system: You are a helpful assistant.
user:
Analyze the provided spectrum to determine if it is a **Carbon Star (C-type)**.

- **Key Visual Indicators of Carbon Star:**
    - **(Primary):** Strong molecular absorption from **C₂ (diatomic carbon) "Swan Bands."** This is the **defining feature** of a carbon star.
        - **(Key Bandheads):** Sharp absorption edges are visible at approximately $5635$ Å, $5165$ Å (the strongest band), and $4737$ Å.
        - **(Line Profile):** Creates a distinct **"saw-tooth"** pattern. The key morphology is a sharp, steep bandhead on the **red (long-wavelength) side**, which then gradually tapers off (i.e., flux recovers) towards the **blue (short-wavelength) side**. *(This is the direct opposite of the TiO bands seen in M-type stars)*.

    - **(Secondary):** Intense **CN (cyanogen)** molecular absorption bands.
        - **(Key Bandheads):** Located in the blue and violet regions of the spectrum (e.g., near $4215$ Å and $3883$ Å).
        - **(Morphology):** These bands are extremely broad and act as a "blanket," absorbing the vast majority of blue and violet light. This creates a characteristic **"cliff"** or **"steep drop-off"** in the spectrum's flux at short wavelengths.

    - **(Key Confirmation):** Strong **CH absorption band (G-band)**.
        - **(Key Bandhead):** Located around $4300$ Å. The contribution from CH molecules to this band is exceptionally strong.

    - **(Overall Spectrum):**
        - The continuum is severely "chopped up" by these deep molecular bands, especially C₂, rather than appearing as a smooth curve.
        - Due to the heavy CN and C₂ absorption in the blue-green, the vast majority of the star's flux is concentrated in the red part of the spectrum, giving the star its characteristic deep red color.

Think first, call **spectral_visualization_tool** if needed to examine features in detail, then provide your final answer. Your response must adhere to the following strict rules:
1.  **Overall Structure:** Your response must follow the format `<think>...</think> <tool_call>...</tool_call> (if a tool is used) <answer>...</answer>`.
2.  **Tool Usage Constraint:** You may only make **one** tool call per turn.
3.  **Final Answer Format:** In the `<answer>` tag, your conclusion must be inside a `\boxed{}` command (e.g., `\boxed{YES}`), followed by your justification.

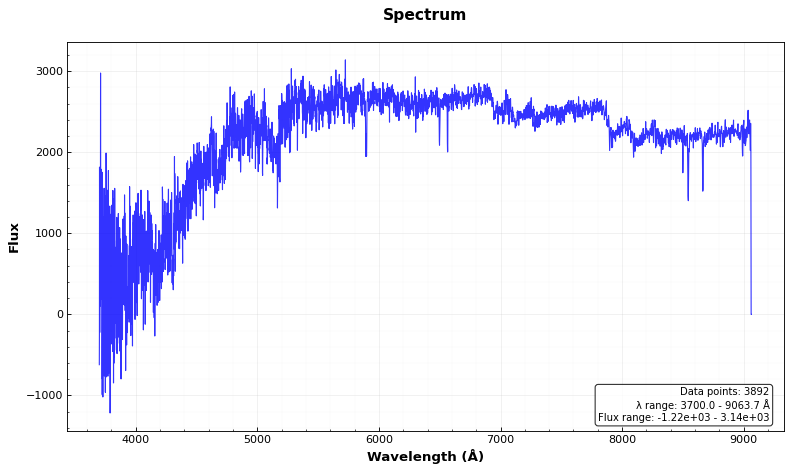
Answer: YES